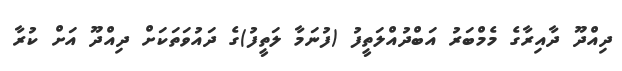
ދިއްދޫ ދާއިރާގެ މެމްބަރު އަބްދުއްލަތީފު (ފުނަމާ ލަތީފު)ގެ ދައުވަތަކަށް ދިއްދޫ އަށް ކުރާ